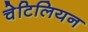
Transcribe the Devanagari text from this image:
चेटिलियन